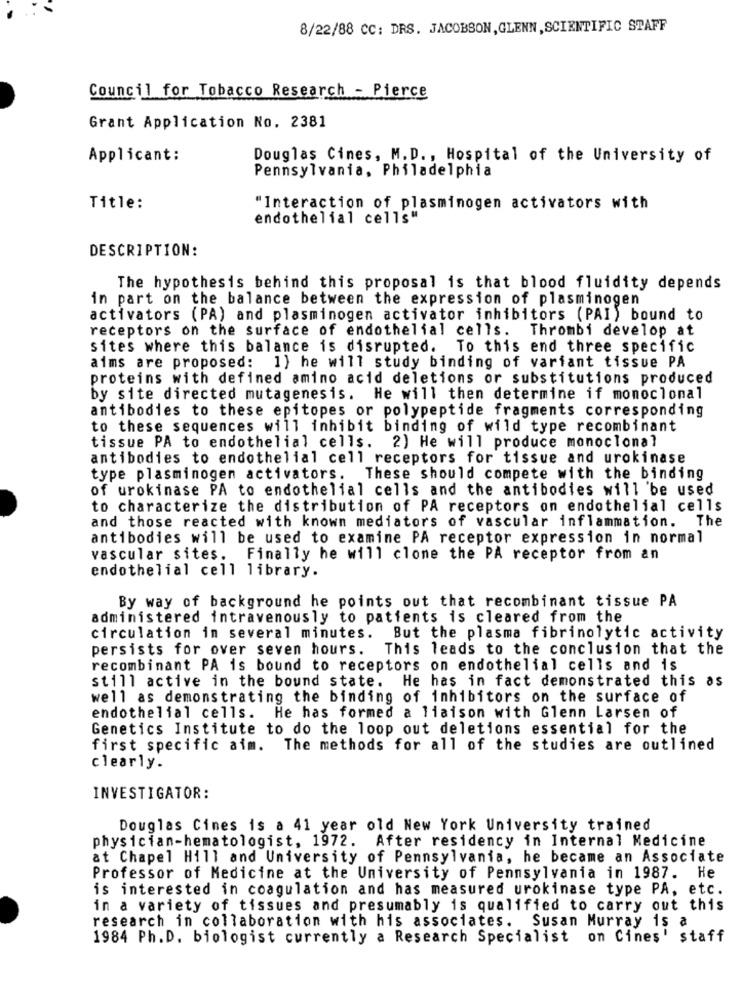
8/22/88 CC: DRS. JACOBSON,GLENN, SCIENTIFIC STAFF
Council for Tobacco Research - Pierce
Grant Application No. 2381
Applicant:
Douglas Cines, M.D ., Hospital of the University of
Pennsylvania, Philadelphia
Title:
"Interaction of plasminogen activators with
endothelial cells"
DESCRIPTION:
The hypothesis behind this proposal is that blood fluidity depends
in part on the balance between the expression of plasminogen
activators (PA) and plasminogen activator inhibitors (PAI) bound to
receptors on the surface of endothelial cells. Thrombi develop at
sites where this balance is disrupted. To this end three specific
aims are proposed: 1} he will study binding of variant tissue PA
proteins with defined amino acid deletions or substitutions produced
by site directed mutagenesis. He will then determine if monoclonal
antibodies to these epitopes or polypeptide fragments corresponding
to these sequences will inhibit binding of wild type recombinant
tissue PA to endothelial cells. 2) He will produce monoclonal
antibodies to endothelial cell receptors for tissue and urokinase
type plasminogen activators. These should compete with the binding
of urokinase PA to endothelial cells and the antibodies will be used
to characterize the distribution of PA receptors on endothelial cells
and those reacted with known mediators of vascular inflammation.
The
antibodies will be used to examine PA receptor expression in normal
vascular sites. Finally he will clone the PA receptor from an
endothelial cell library.
By way of background he points out that recombinant tissue PA
administered intravenously to patients is cleared from the
circulation in several minutes. But the plasma fibrinolytic activity
persists for over seven hours. This leads to the conclusion that the
recombinant PA is bound to receptors on endothelial cells and is
still active in the bound state. He has in fact demonstrated this as
well as demonstrating the binding of inhibitors on the surface of
endothelial cells. He has formed a liaison with Glenn Larsen of
Genetics Institute to do the loop out deletions essential for the
first specific aim. The methods for all of the studies are outlined
clearly.
INVESTIGATOR:
Douglas Cines is a 41 year old New York University trained
physician-hematologist, 1972. After residency in Internal Medicine
at Chapel Hill and University of Pennsylvania, he became an Associate
Professor of Medicine at the University of Pennsylvania in 1987. He
is interested in coagulation and has measured urokinase type PA, etc.
in a variety of tissues and presumably is qualified to carry out this
research in collaboration with his associates. Susan Murray is a
1984 Ph.D. biologist currently a Research Specialist on Cines' staff